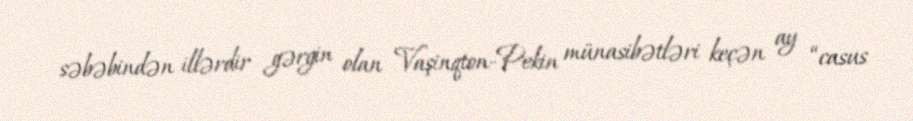
səbəbindən illərdir gərgin olan Vaşinqton-Pekin münasibətləri keçən ay “casus